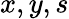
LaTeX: x,y,s